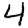
Digit: 4